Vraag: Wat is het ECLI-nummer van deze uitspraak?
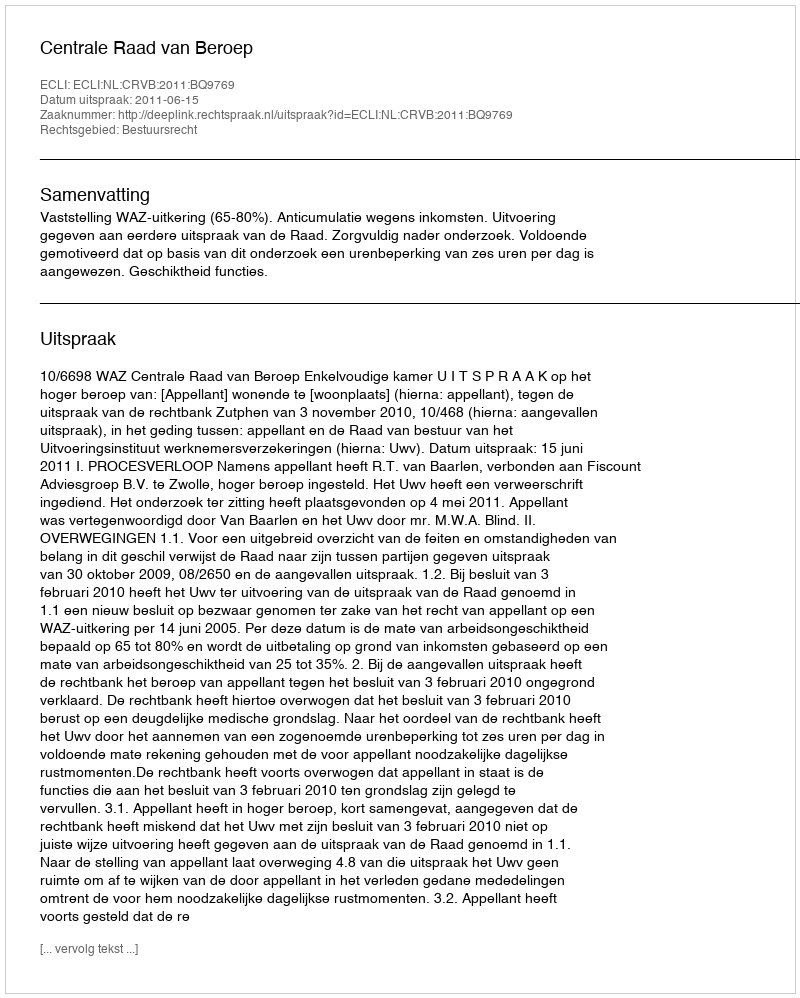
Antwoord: ECLI:NL:CRVB:2011:BQ9769